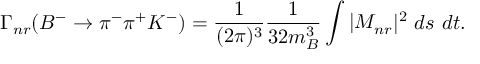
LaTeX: \Gamma _ { n r } ( B ^ { - } \to \pi ^ { - } \pi ^ { + } K ^ { - } ) = \frac { 1 } { ( 2 \pi ) ^ { 3 } } \frac { 1 } { 3 2 m _ { B } ^ { 3 } } \int | { \cal M } _ { n r } | ^ { 2 } ~ d s ~ d t .